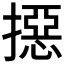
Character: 𢵣